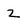
Character: 2